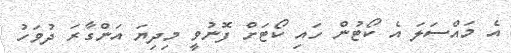
އެ މައްސަލަ އެ ކޯޓުން ހައި ކޯޓަށް ފޮނުވީ މިދިޔަ އަންގާރަ ދުވަހު